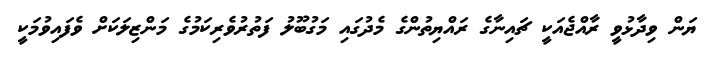
ޔަން ވިދާޅުވީ ރާއްޖެއަކީ ޗައިނާގެ ރައްޔިތުންގެ މެދުގައި މަގުބޫލު ފަތުރުވެރިކަމުގެ މަންޒިލަކަށް ވެފައިވުމަކީ